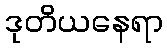
ဒုတိယနေရာ